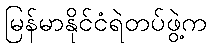
မြန်မာနိုင်ငံရဲတပ်ဖွဲ့က